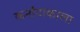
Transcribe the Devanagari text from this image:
कर्नाटाकाला